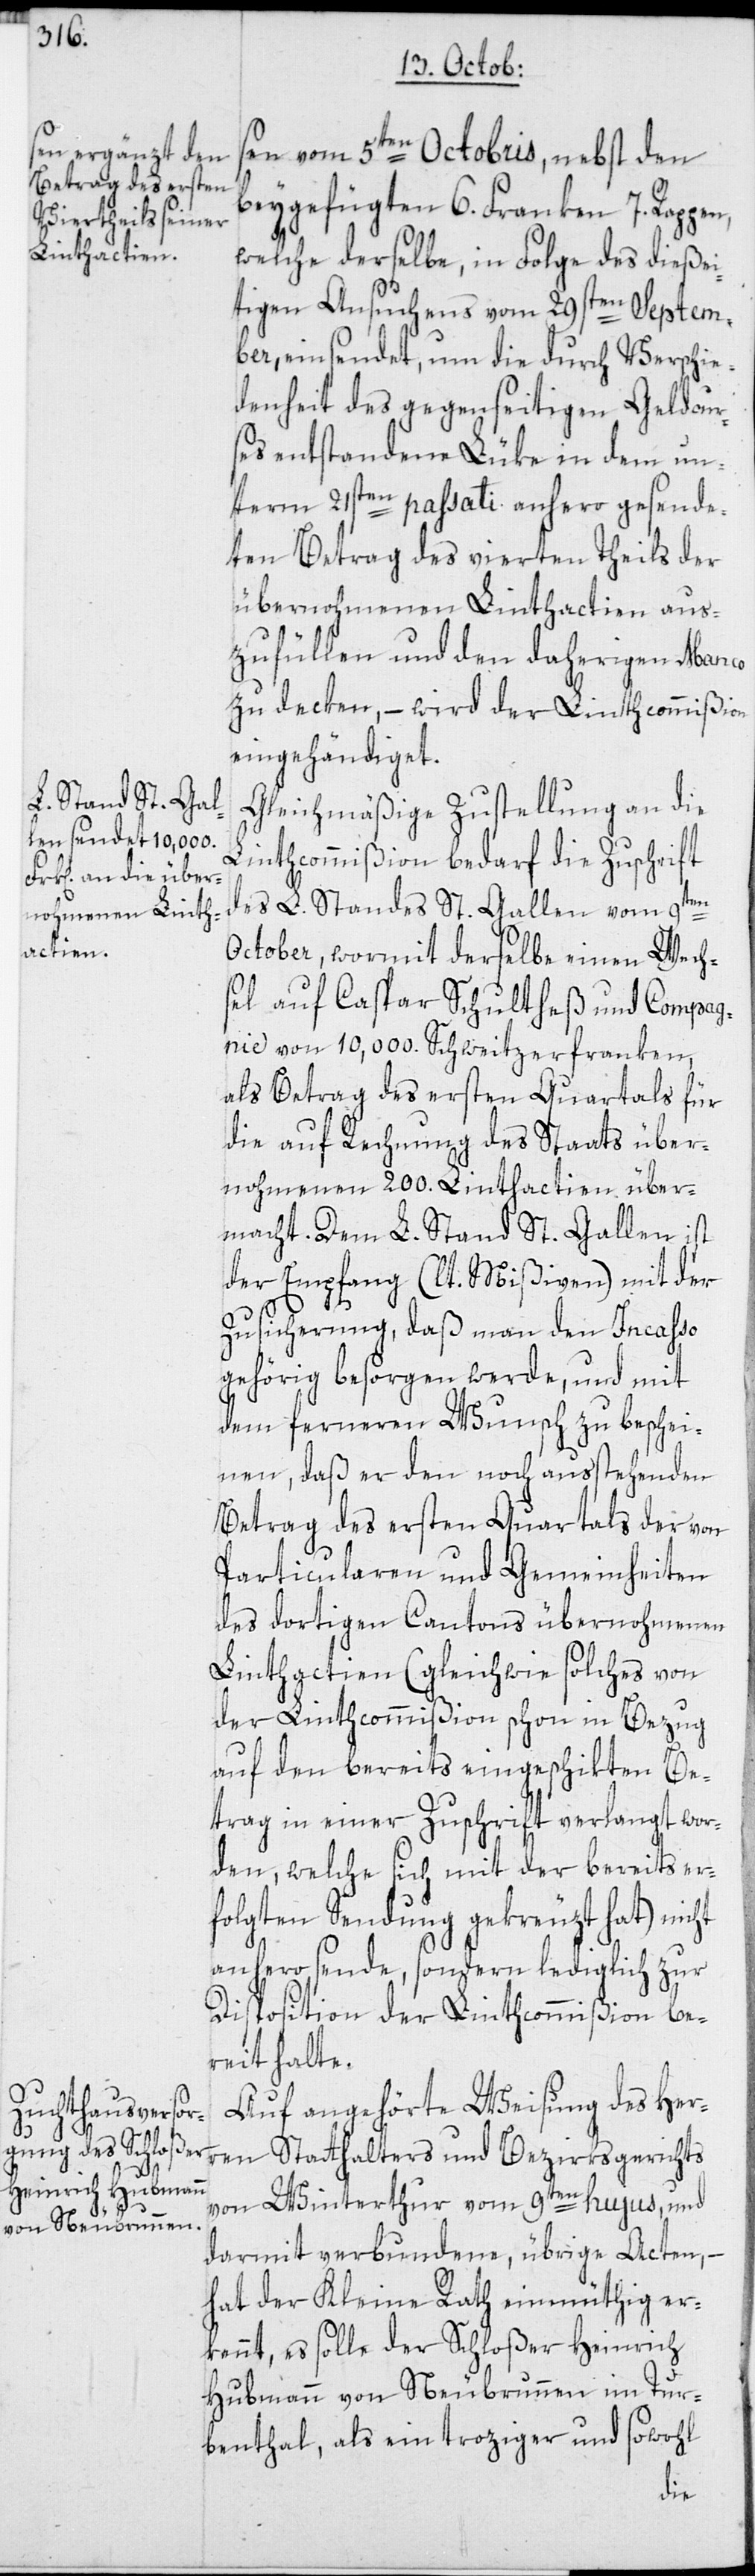
sen vom 5ten Octobris, nebst den
beygefügten 6. Franken 7. Rappen,
welche derselbe, in Folge des dießei¬
tigen Ansuchens vom 29sten Septem¬
ber, einsendet, um die durch Verschie¬
denheit des gegenseitigen Geldcur¬
ses entstandene Lüke in dem un¬
term 21sten passati anhero gesende¬
ten Betrag des vierten Theils der
übernohmenen Linthactien aus¬
zufüllen und den daherigen Manco
zu decken, – wird der Linthcommißion
eingehändiget.
Gleichmäßige Zustellung an die
Linthcommißion bedarf die Zuschrift
des L. Standes St. Gallen vom 9ten
October, wormit derselbe einen Wech¬
sel auf Caspar Schultheß und Compag¬
nie von 10,000. Schweitzerfranken,
als Betrag des ersten Quartals für
die auf Rechnung des Staats über¬
nohmenen 200. Linthactien über¬
macht. Dem L. Stand St. Gallen ist
der Empfang (lt. Mißiven) mit der
Zusicherung, daß man den Incasso
gehörig besorgen werde, und mit
dem ferneren Wunsch zu beschei¬
nen, daß er den noch ausstehenden
Betrag des ersten Quartals der von
Particularen und Gemeinheiten
des dortigen Cantons übernohmenen
Linthactien (gleichwie solches von
der Linthcommißion schon in Bezug
auf den bereits eingeschikten Be¬
trag in einer Zuschrift verlangt wor¬
den, welche sich mit der bereits er¬
folgten Sendung gekreuzt hat), nicht
anhero sende, sondern lediglich zur
Disposition der Linthcommißion be¬
reit halte.
Auf angehörte Weisung des Herr¬
en Statthalters und Bezirksgerichts
von Winterthur vom 9ten hujus, und
darmit verbundene übrige Acten, –
hat der Kleine Rath einmüthig er¬
kennt, es solle der Schloßer Heinrich
Hubmann von Neubrunnen im Tur¬
benthal, als ein troziger und sowohl